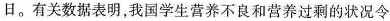
日。有关数据表明，我国学生营养不良和营养过剩的状况令